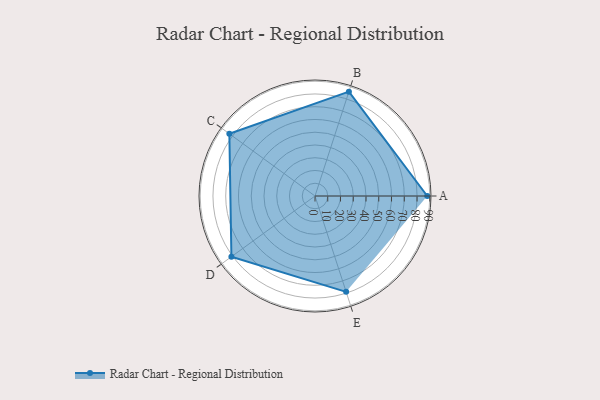
{"axis": {"x": "Skill", "y": "Score"}, "legend": ["Profile"], "data": [{"x": "A", "y": 88.0, "type": "Profile"}, {"x": "B", "y": 86.0, "type": "Profile"}, {"x": "C", "y": 83.0, "type": "Profile"}, {"x": "D", "y": 81.0, "type": "Profile"}, {"x": "E", "y": 79.0, "type": "Profile"}]}